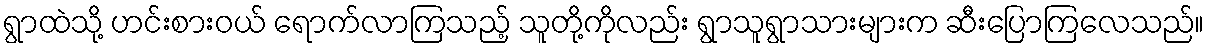
ရွာထဲသို့ ဟင်းစားဝယ် ရောက်လာကြသည့် သူတို့ကိုလည်း ရွာသူရွာသားများက ဆီးပြောကြလေသည်။